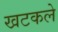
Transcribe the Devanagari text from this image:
खटकले